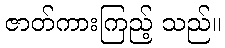
ဇာတ်ကားကြည့် သည်။